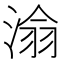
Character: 𪶡